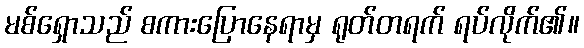
မစ်ရှောသည် စကားပြောနေရာမှ ရုတ်တရက် ရပ်လိုက်၏။